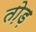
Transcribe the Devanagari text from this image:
तो़ड़